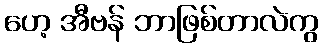
ဟေ့ အီဗန် ဘာဖြစ်တာလဲကွ